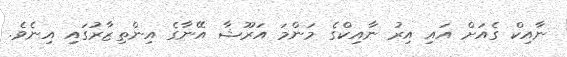
ނާއިކް ގެއަށް އައި އިރު ނާއިކްގެ މަންމަ އަރޫޝާ އޭނާގެ އިންތިޒާރުގައި އިނެވެ.